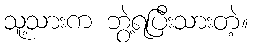
သူ့သားက ဘွဲ့ရပြီးသားတဲ့။